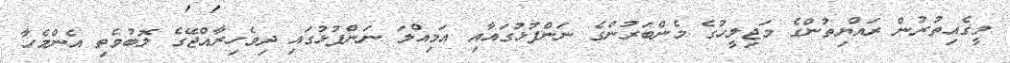
މީގެއިތުރުން ރައްޔިތުންގެ މަޖިލީހުގެ މެންބަރުންގެ ނަންފުޅުގައާއި އަމިއްލަ ނަންފުޅުގައި ދިވެހިރާއްޖޭގެ ލޮބުވެތި އެންމެހާ